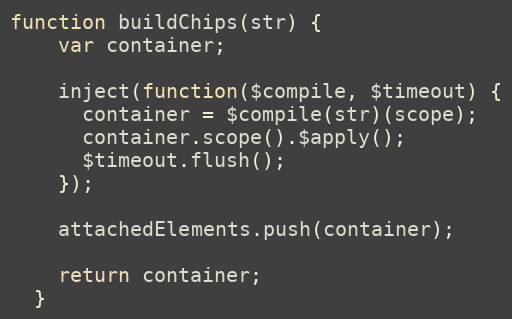
Language: JavaScript
function buildChips(str) {
    var container;

    inject(function($compile, $timeout) {
      container = $compile(str)(scope);
      container.scope().$apply();
      $timeout.flush();
    });

    attachedElements.push(container);

    return container;
  }